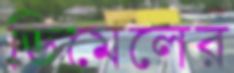
ডিমেলের